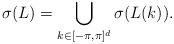
LaTeX: \begin{align*}\sigma(L)=\bigcup_{k \in [-\pi, \pi]^d}\sigma(L(k)).\end{align*}